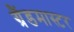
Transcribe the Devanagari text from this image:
ग्रैंडमास्‍टर